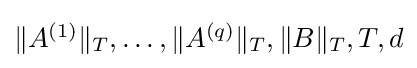
{\textstyle \|A^{(1)}\|_{T},\dots ,\|A^{(q)}\|_{T},\|B\|_{T},T,d}